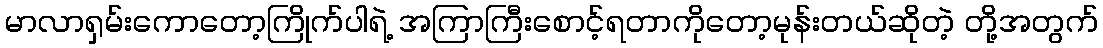
မာလာရှမ်းကောတော့ကြိုက်ပါရဲ့ အကြာကြီးစောင့်ရတာကိုတော့မုန်းတယ်ဆိုတဲ့ တို့အတွက်